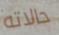
حالاته